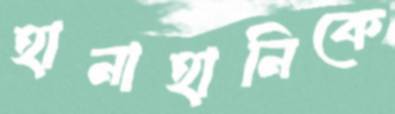
হানাহানিকে